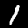
Digit: 1